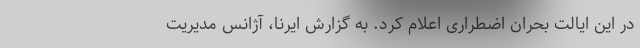
در این ایالت بحران اضطراری اعلام کرد. به گزارش ایرنا، آژانس مدیریت